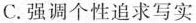
C.强调个性追求写实